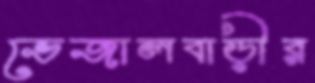
ভেজালবাড়ীর